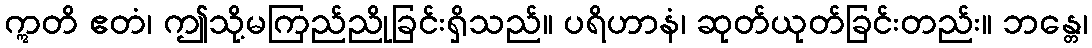
ဣတိ ဧတံ၊ ဤသို့မကြည်ညိုခြင်းရှိသည်။ ပရိဟာနံ၊ ဆုတ်ယုတ်ခြင်းတည်း။ ဘန္တေ၊